Lunatic asylums Madras 1877-1891 - 1877-1891
Year: 1877
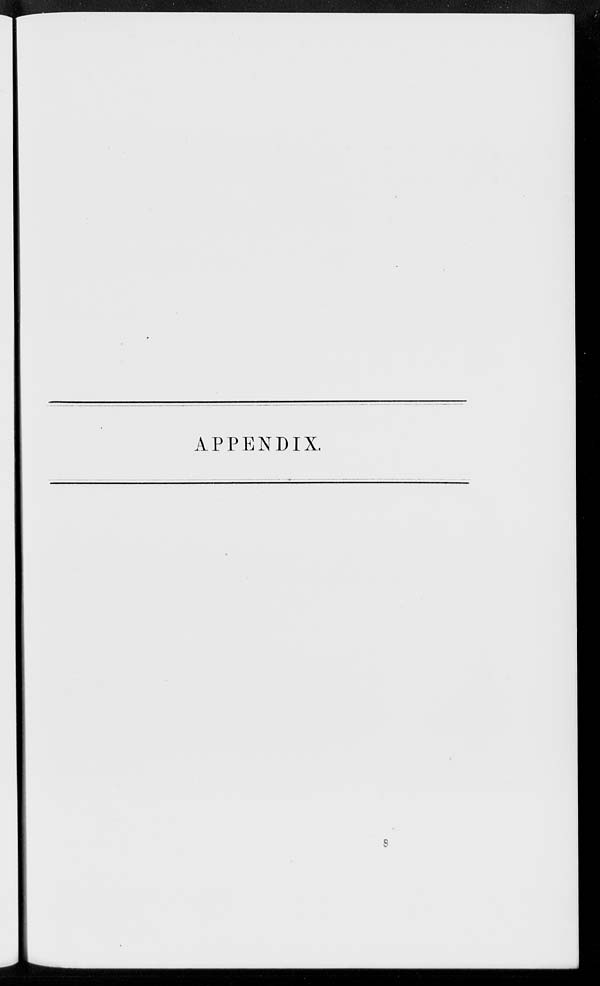
APPENDIX.